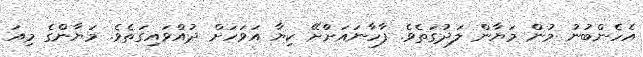
އެހެންބުނު މުން މަޔާން ލަދުގަތެވެ. ފާހާނައަށްށޭ ކިޔާ އަވަހަށް ދުއްވައިގަތެވެ. މަޔާންގެ މިއަ